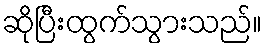
ဆိုပြီးထွက်သွားသည်။